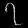
Digit: ၇